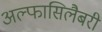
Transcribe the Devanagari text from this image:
अल्फासिलैबरी